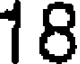
18